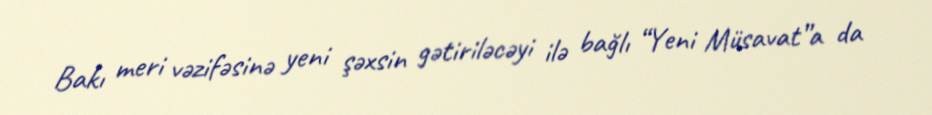
Bakı meri vəzifəsinə yeni şəxsin gətiriləcəyi ilə bağlı “Yeni Müsavat”a da